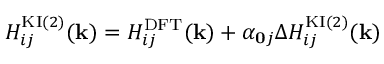
H _ { i j } ^ { \mathrm { K I } ( 2 ) } ( \mathbf { k } ) = H _ { i j } ^ { \mathrm { D F T } } ( \mathbf { k } ) + \alpha _ { \mathbf { 0 } j } \Delta H _ { i j } ^ { \mathrm { K I } ( 2 ) } ( \mathbf { k } )